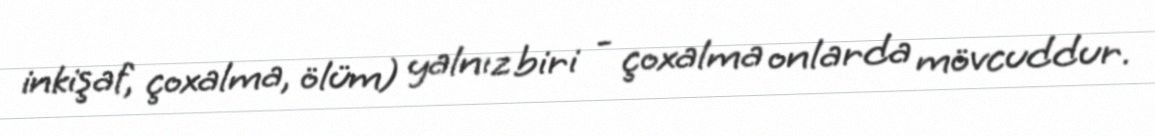
inkişaf, çoxalma, ölüm) yalnız biri - çoxalma onlarda mövcuddur.